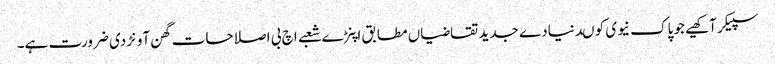
سپیکر آکھیے جو پاک نیوی کو ںدنیادے جدید تقاضیاں مطابق اپنڑے شعبے اچ بی اصلاحات گھن آونڑدی ضرورت ہے۔